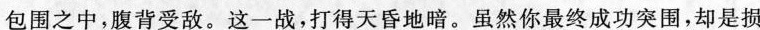
包围之中，腹背受敌。这一战，打得天昏地暗。虽然你最终成功突围，却是损